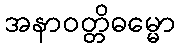
အနာဝတ္တိဓမ္မော